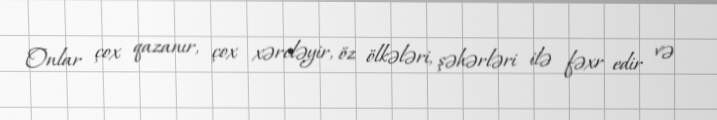
Onlar çox qazanır, çox xərcləyir, öz ölkələri, şəhərləri ilə fəxr edir və